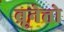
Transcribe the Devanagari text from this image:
ब्रूनेत्तो